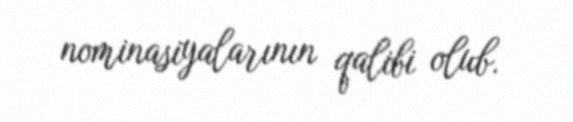
nominasiyalarının qalibi olub.